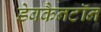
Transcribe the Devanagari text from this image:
डेवकैनटॉन